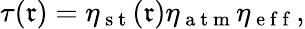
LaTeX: \tau(\mathfrak{r})=\eta_{\mathrm{{~s~t~}}}(\mathfrak{r})\eta_{\mathrm{{~a~t~m~}}}\eta_{\mathrm{{~e~f~f~}}},